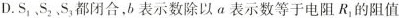
D.S_{1}S_{2}，S_{3}，都闭合，b表示数除以a表示数等于电阻R_{1}的阻值